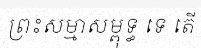
ព្រះសម្មាសម្ពុទ្ធ ទេ តើ